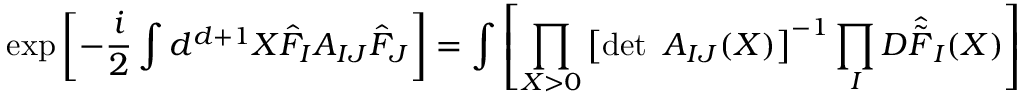
\exp \left[ - \frac { i } { 2 } \int d ^ { d + 1 } X \hat { F } _ { I } A _ { I J } \hat { F } _ { J } \right] = \int \left[ \prod _ { X > 0 } \left[ \operatorname * { d e t } ~ A _ { I J } ( X ) \right] ^ { - 1 } \prod _ { I } { \cal D } \hat { \tilde { F } } _ { I } ( X ) \right]